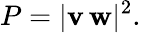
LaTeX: P=|\mathbf{v}\, \mathbf{w}|^{2}.